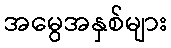
အမွေအနှစ်များ